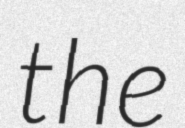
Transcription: the